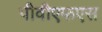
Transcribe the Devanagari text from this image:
पीवीएफएस